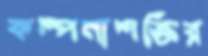
কল্পনাশক্তির